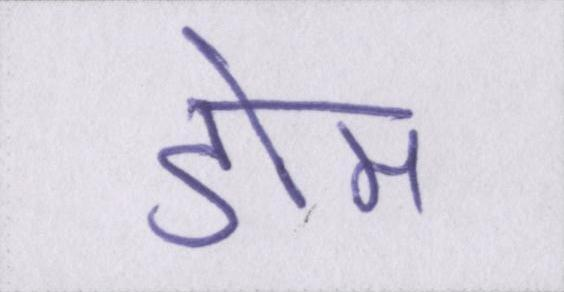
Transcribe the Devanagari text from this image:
डोम